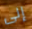
إلى